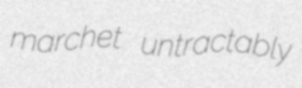
marchet untractably